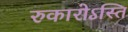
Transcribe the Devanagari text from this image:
रुकारोऽस्ति